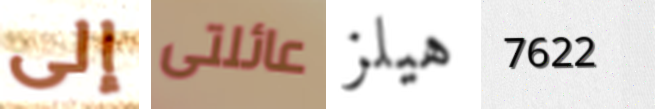
إلى عائلتى هيلز 7622